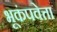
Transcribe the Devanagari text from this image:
भूकंपवेत्ता